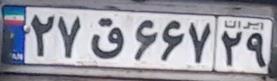
۲۷ق۶۶۷۲۹